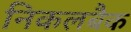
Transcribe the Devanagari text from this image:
निकलबैक